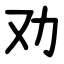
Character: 劝